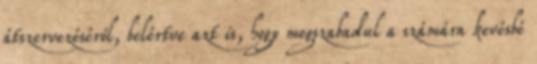
átszervezéséről, belértve azt is, hogy megszabadul a számára kevésbé